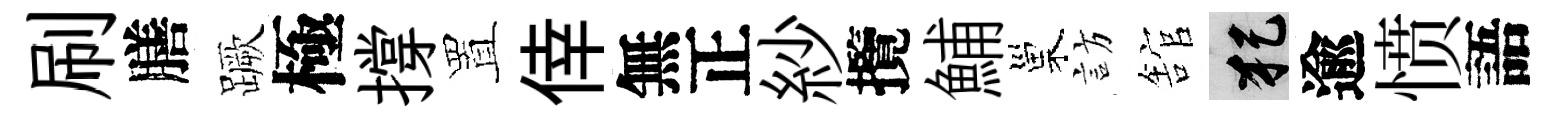
刷膳蹶極撐置倖無正紗攬鯆巢訪舘犯逾愤語